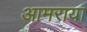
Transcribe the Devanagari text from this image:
आमराया